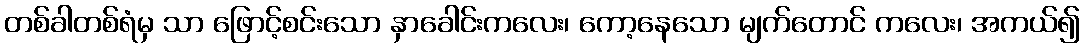
တစ်ခါတစ်ရံမှ သာ ဖြောင့်စင်းသော နှာခေါင်းကလေး၊ ကော့နေသော မျက်တောင် ကလေး၊ အကယ်၍